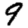
Digit: 9